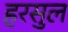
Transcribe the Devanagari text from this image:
हरसुल